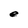
Character: e